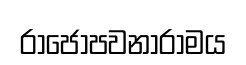
රාජෝපවනාරාමය